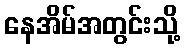
နေအိမ်အတွင်းသို့